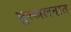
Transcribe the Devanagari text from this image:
भूस्खलनात